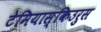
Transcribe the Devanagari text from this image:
टेमियास्किउरुस